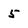
Character: 5